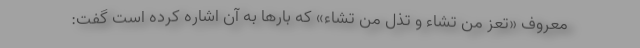
معروف «تعز من تشاء و تذل من تشاء» که بارها به آن اشاره کرده است گفت: